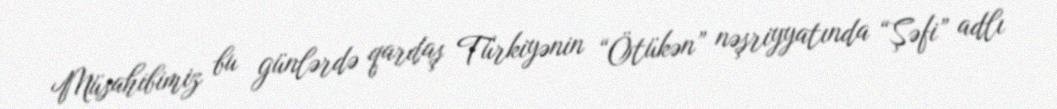
Müsahibimiz bu günlərdə qardaş Türkiyənin “Ötükən” nəşriyyatında “Şəfi” adlı